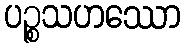
ပဉ္စသဟဿော